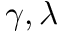
\gamma , \lambda